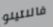
فالنتينو